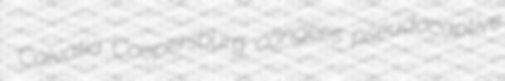
Calvatia Coopersburg congees pseudocaptive